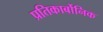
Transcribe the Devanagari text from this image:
प्रतिकार्बोनिक